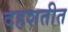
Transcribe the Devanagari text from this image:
दहशतीत